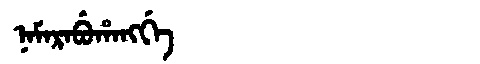
Manchu: ᠨᠠᠮᠠᡵᠠᠪᡠᡥᠠᠩᡤᡝ
Romanization: NAMARABUHANGGE